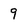
Character: 9